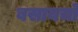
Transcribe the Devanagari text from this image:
बसायचो